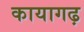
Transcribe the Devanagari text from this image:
कायागढ़